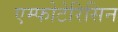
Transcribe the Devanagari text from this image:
एम्फोटेरिसिन